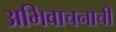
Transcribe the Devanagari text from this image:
अभिवाचनाची